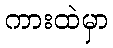
ကားထဲမှာ